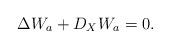
LaTeX: \begin{align*}\Delta W_a+D_X W_a=0. \end{align*}